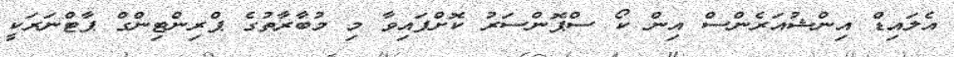
އެލައިޑް އިންޝުއަރެންސް އިން ކޯ ސްޕޮންސަރު ކޮށްފައިވާ މި މުބާރާތުގެ ޕްރިންޓިންގް ޕާޓްނަރަކީ